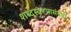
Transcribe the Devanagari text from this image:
शब्दस्वरूपासंबंधी